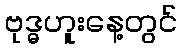
ဗုဒ္ဓဟူးနေ့တွင်